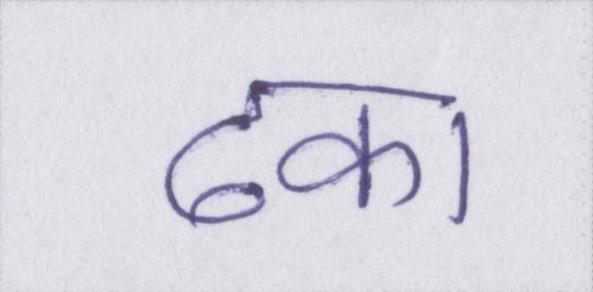
ढका